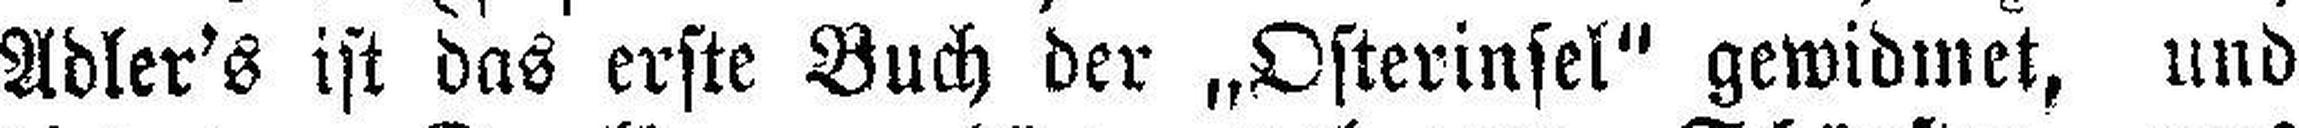
Adler's ist das erste Buch der „Osterinsel" gewidmet, und